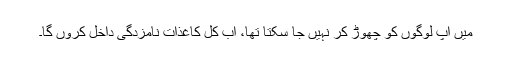
میں آپ لوگوں کو چھوڑ کر نہیں جا سکتا تھا، اب کل کاغذات نامزدگی داخل کروں گا۔